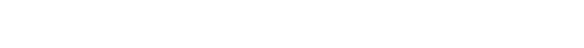
ယခုတခါ ဝမ်းသာစရာ သတင်းတစ်ပုဒ်ကို ဆိုတဲ့ ပဲဖြစ်ပါတယ်။